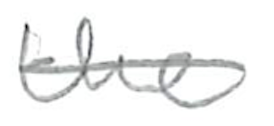
Text: the
Cross-out: single-line
Writing tool: pencil